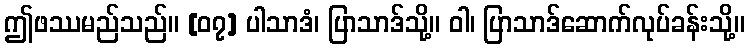
ဤဖဿမည်သည်။ [၀၇] ပါသာဒံ၊ ပြာသာဒ်သို့။ ဝါ၊ ပြာသာဒ်ဆောက်လုပ်ခန်းသို့။